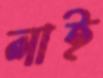
লাই